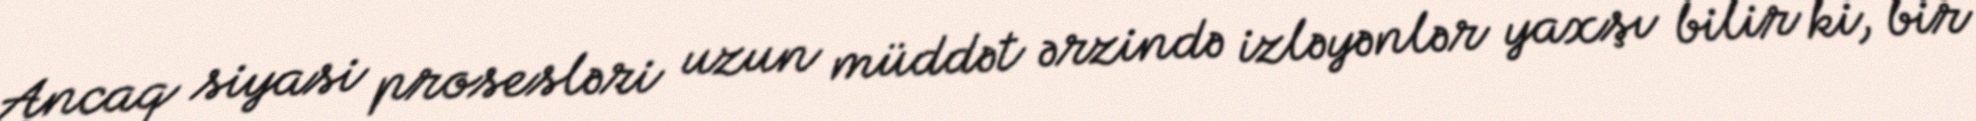
Ancaq siyasi prosesləri uzun müddət ərzində izləyənlər yaxşı bilir ki, bir